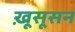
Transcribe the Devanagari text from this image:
ख़ूसूसन